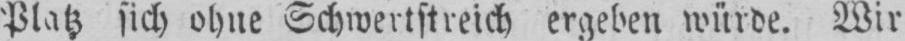
Platz sich ohne Schwertstreich ergeben würde. Wir